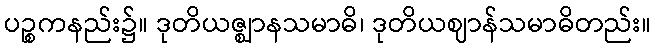
ပဉ္စကနည်း၌။ ဒုတိယဇ္ဈာနသမာဓိ၊ ဒုတိယဈာန်သမာဓိတည်း။